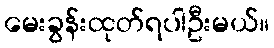
မေးခွန်းထုတ်ရပါဦးမယ်။